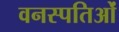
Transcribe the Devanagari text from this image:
वनस्पतिओं